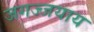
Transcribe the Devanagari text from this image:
जगज्जयाय